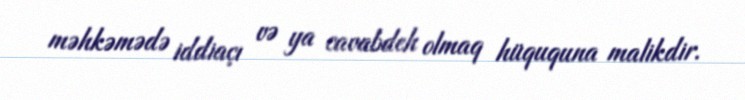
məhkəmədə iddiaçı və ya cavabdeh olmaq hüququna malikdir.